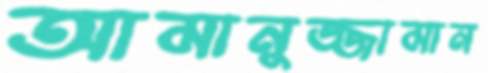
আমানুজ্জামান